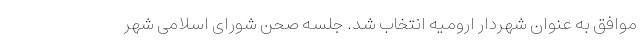
موافق به عنوان شهردار ارومیه انتخاب شد. جلسه صحن شورای اسلامی شهر